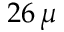
2 6 \, \mu